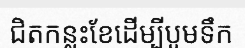
ជិតកន្លះខែដើម្បីបូមទឹក